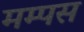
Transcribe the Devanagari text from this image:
मम्पस